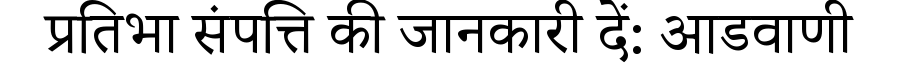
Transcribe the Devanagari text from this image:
प्रतिभा संपत्ति की जानकारी दें: आडवाणी